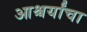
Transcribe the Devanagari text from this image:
आश्चर्यांचा